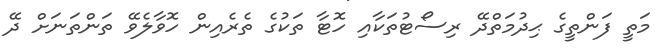
މަތީ ފަންތީގެ ޙިދުމަތްދޭ ރިސޯޓުތަކާއި ހޮޓާ ތަކުގެ ތެރެއިން ހޮވާލެވޭ ތަންތަނަށް ދޭ